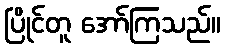
ပြိုင်တူ အော်ကြသည်။